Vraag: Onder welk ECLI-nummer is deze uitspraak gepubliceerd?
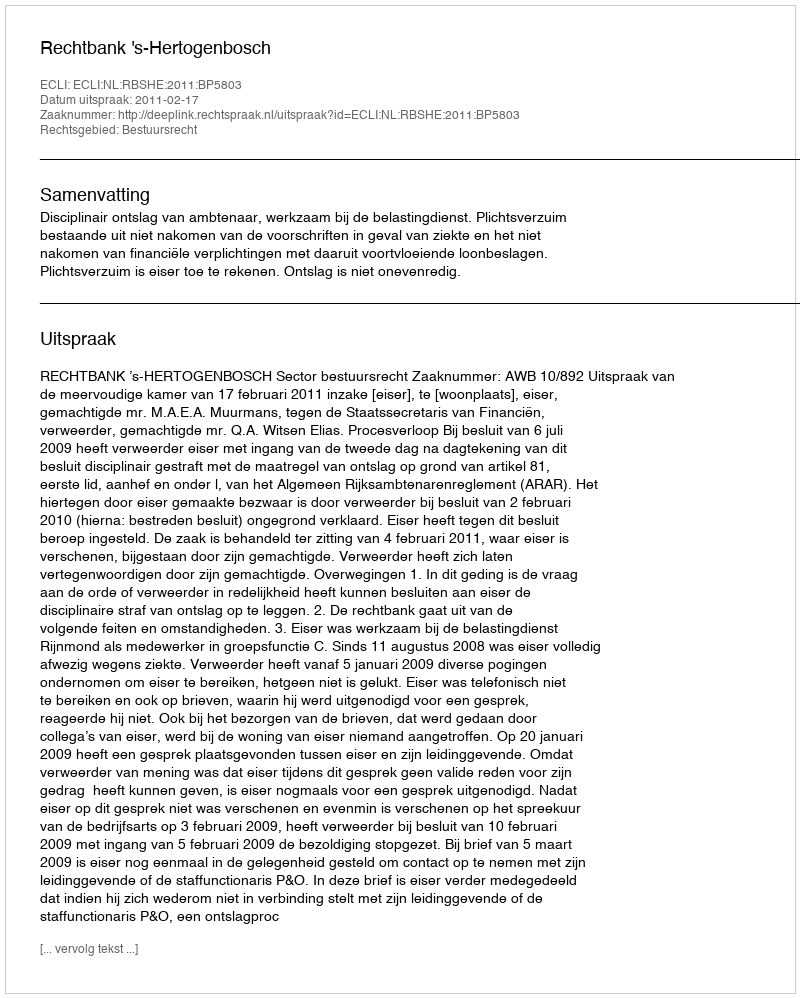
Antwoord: ECLI:NL:RBSHE:2011:BP5803